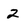
Character: 2